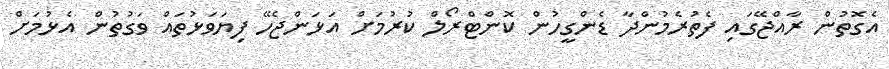
އެގޮތުން ރާއްޖޭގައި ފެތުރެމުންދާ ޑެންގީހުން ކޮންޓްރޯލް ކުރުމަށް އަޅަންޖެހޭ ފިޔަވަޅުތައް ވަގުތުން އެޅުމަށް